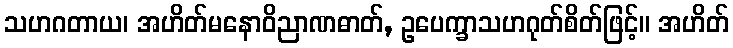
သဟဂတာယ၊ အဟိတ်မနောဝိညာဏဓာတ်, ဥပေက္ခာသဟဂုတ်စိတ်ဖြင့်။ အဟိတ်